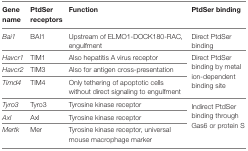
<table><thead><tr><td><b>Gene name</b></td><td><b>PtdSer receptors</b></td><td><b>Function</b></td><td><b>PtdSer binding</b></td></tr></thead><tbody><tr><td><i>Bai1</i></td><td>BAI1</td><td>Upstream of ELMO1-DOCK180-RAC, engulfment</td><td>Direct PtdSer binding</td></tr><tr><td><i>Havcr1</i></td><td>TIM1</td><td>Also hepatitis A virus receptor</td><td rowspan="3">Direct PtdSer binding by metal ion-dependent binding site</td></tr><tr><td><i>Havcr2</i></td><td>TIM3</td><td>Also for antigen cross-presentation</td></tr><tr><td><i>Timd4</i></td><td>TIM4</td><td>Only tethering of apoptotic cells without direct signaling to engulfment</td></tr><tr><td><i>Tyro3</i></td><td>Tyro3</td><td>Tyrosine kinase receptor</td><td rowspan="3">Indirect PtdSer binding through Gas6 or protein S</td></tr><tr><td><i>Axl</i></td><td>Axl</td><td>Tyrosine kinase receptor</td></tr><tr><td><i>Mertk</i></td><td>Mer</td><td>Tyrosine kinase receptor, universal mouse macrophage marker</td></tr></tbody></table>